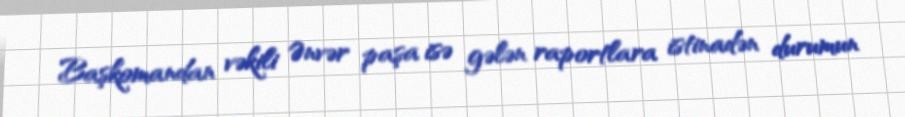
Başkomandan vəkili Ənvər paşa isə gələn raportlara istinadən durumun